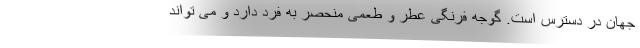
جهان در دسترس است. گوجه فرنگی عطر و طعمی منحصر به فرد دارد و می تواند